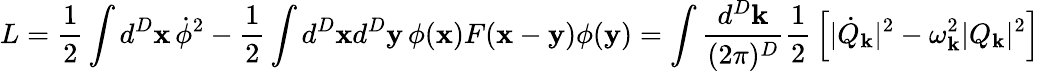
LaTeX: L={\frac{1}{2}}\int d^{D}{\mathbf x}\, \dot{\phi}^{2}-{\frac{1}{2}}\int d^{D}{\mathbf x}d^{D}{\mathbf y}\, \phi({\mathbf x})F({\mathbf x}-{\mathbf y})\phi({\mathbf y})=\int{\frac{d^{D}{\mathbf k}}{(2\pi)^{D}}}{\frac{1}{2}}\left[|\dot{Q}_{\mathbf k}|^{2}-\omega_{\mathbf k}^{2}|Q_{\mathbf k}|^{2}\right]